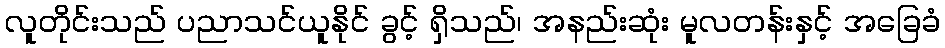
လူတိုင်းသည် ပညာသင်ယူနိုင် ခွင့် ရှိသည်၊ အနည်းဆုံး မူလတန်းနှင့် အခြေခံ